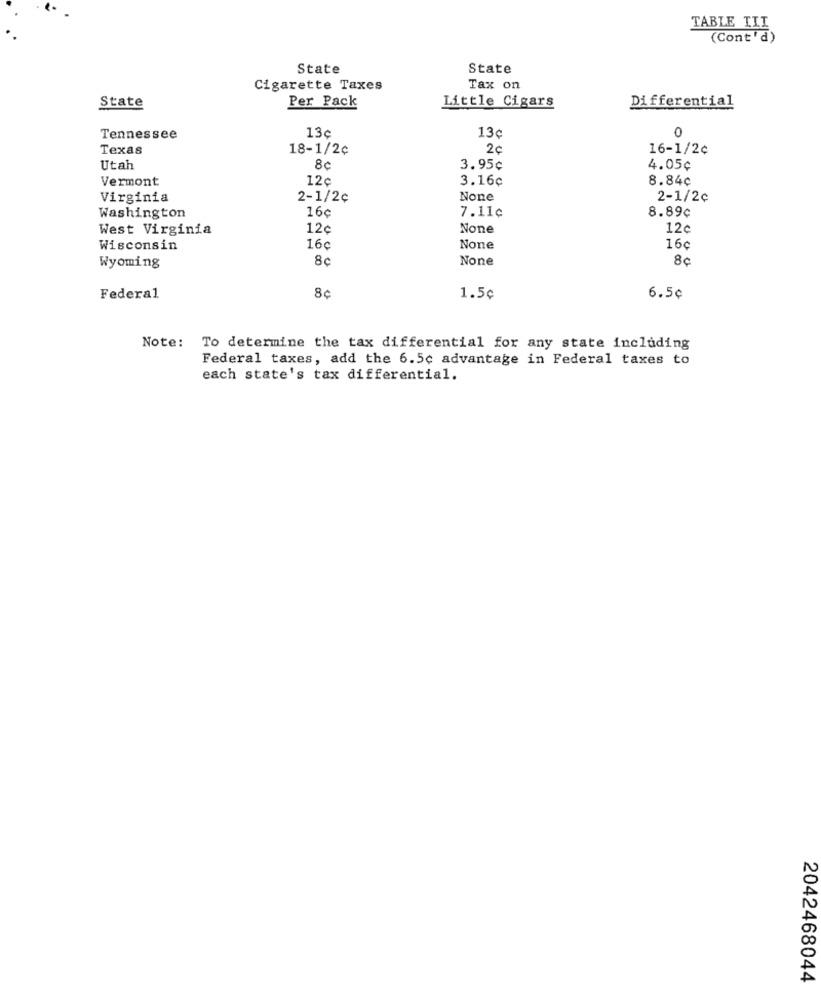
TABLE TII
(Cont'd)
State
State
Cigarette Taxes
Tax on
Differential
State
Per Pack
Little Cigars
13c
0
Tennessee
13¢
Texas
18-1/2¢
2c
16-1/2¢
Utah
8¢
3.95¢
4.05¢
Vermont
12c
3.16c
8.84¢
Virginia
2-1/2¢
2-1/2¢
16¢
8.89¢
Washington
7.11¢
West Virginia
12¢
12c
Wisconsin
16¢
16c
Wyoming
8c
8c
8¢
Federal
1.5¢
6.5¢
Note: To determine the tax differential for any state including
Federal taxes, add the 6.5c advantage in Federal taxes to
each state's tax differential.
2042468044